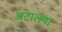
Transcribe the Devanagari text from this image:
अंटालया